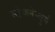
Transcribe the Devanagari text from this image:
स्तेक्लेन्बुर्ग